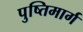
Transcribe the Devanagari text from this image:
पुष्तिमार्ग